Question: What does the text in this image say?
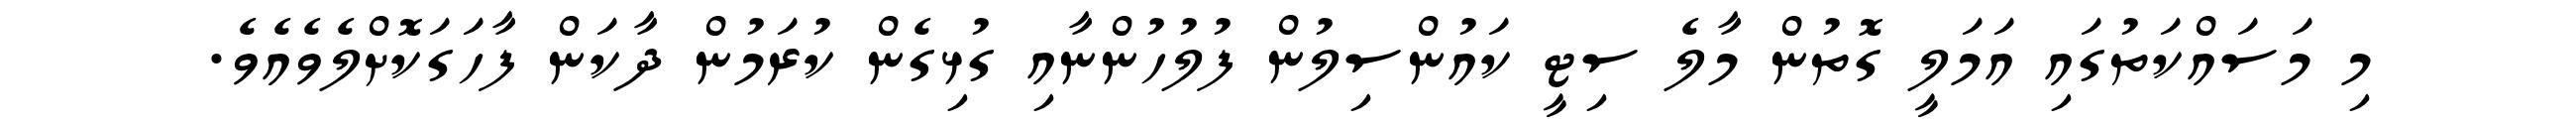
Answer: މި މަސައްކަތުގައި އަމަލީ ގޮތުން މާލެ ސިޓީ ކައުންސިލުން ފުލުހުންނާއި ގުޅިގެން ކުރަމުން ދާކަން ފާހަގަކޮށްލެވެއެވެ.